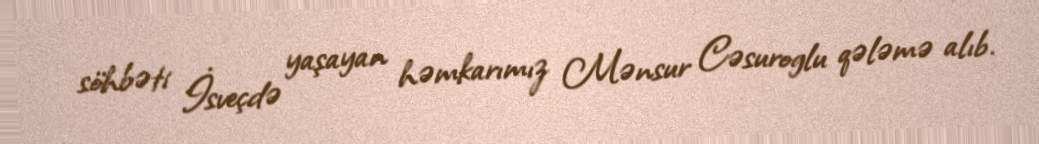
söhbəti İsveçdə yaşayan həmkarımız Mənsur Cəsuroglu qələmə alıb.